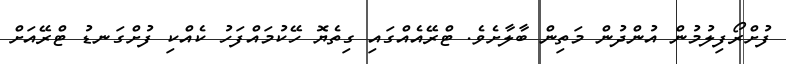
ފުށްރޯފިލުމުން އުންދުން މަތިން ބާލާށެވެ. ޓްރޭއެއްގައި ގިތެޔޮ ހޭކުމައްފަހު ކެއްކި ފުށްގަނޑު ޓްރޭއަށް